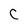
Character: C